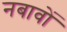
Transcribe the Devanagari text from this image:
नबावों